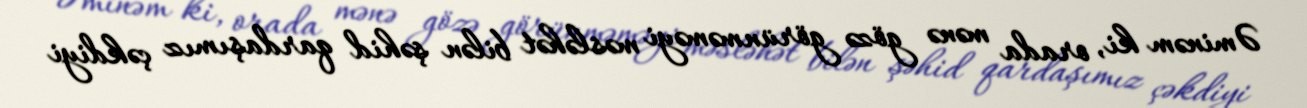
Əminəm ki, orada mənə gözə görünməməyi məsləhət bilən şəhid qardaşımız çəkdiyi